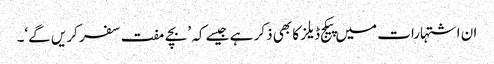
ان اشتہارات میں پیکج ڈیلز کا بھی ذکر ہے جیسے کہ ’بچے مفت سفر کریں گے‘۔